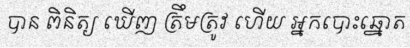
បាន ពិនិត្យ ឃើញ ត្រឹមត្រូវ ហើយ អ្នកបោះឆ្នោត